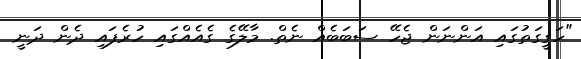
"ހަގީގަތުގައި އަންނަން ޖެހޭ ސަބަބެއް ނެތް. މާލޭގެ ގެއެއްގައި ހުރެފައި ދެން ދަނީ